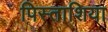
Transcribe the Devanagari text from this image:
पिस्ताशिया